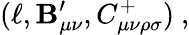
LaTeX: (\ell,\mathbf{B}_{\mu\nu}^{\prime},C_{\mu\nu\rho\sigma}^{+})\ ,